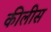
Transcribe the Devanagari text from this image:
कीलीस